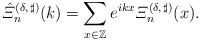
LaTeX: \begin{align*}\hat{\varXi}^{(\delta,\,\sharp)}_n(k) = \sum_{x\in\mathbb{Z}}e^{ikx}\varXi^{(\delta,\,\sharp)}_n(x).\end{align*}